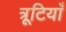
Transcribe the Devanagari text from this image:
त्रूटियाँ